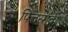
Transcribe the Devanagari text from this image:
पित्तस्रावी